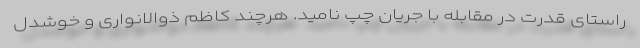
راستای قدرت در مقابله با جریان چپ نامید. هرچند كاظم ذوالانواری و خوشدل